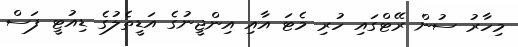
މިހާރު ސުން ރޭޓްގައި ހުރި މެޓަ އާއި އިންޖީނުގެ އަޑީތެލުގެ ޑިއުޓީ ފަސް